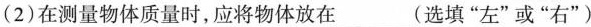
(2)在测量物体质量时，应将物体放在__(选填”左”或”右”)